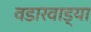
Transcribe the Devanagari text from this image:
वडारवाड्या